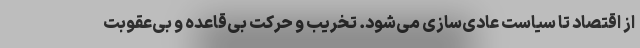
از اقتصاد تا سیاست عادی‌سازی می‌شود. تخریب و حرکت بی‌قاعده و بی‌عقوبت